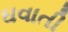
ઘવાતી